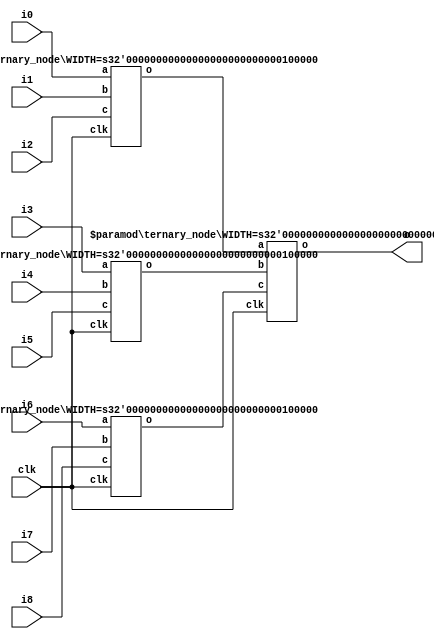
///////////////////////////////////////////////////////////////////////////////////////////////////
//
// Copyright 2021 by Heqing Huang (feipenghhq@gamil.com)
//
// ~~~ Verilog implementation of Advanced Synthesis Cookbook ~~~
//
// Module Name: ternary_sum_nine
//
//
// ================== Description ==================
//
// Ternary Adder summing 9 value
//
///////////////////////////////////////////////////////////////////////////////////////////////////


module ternary_sum_nine #(
    parameter WIDTH = 32
) (
    input clk,
    input [WIDTH-1:0] i0,
    input [WIDTH-1:0] i1,
    input [WIDTH-1:0] i2,
    input [WIDTH-1:0] i3,
    input [WIDTH-1:0] i4,
    input [WIDTH-1:0] i5,
    input [WIDTH-1:0] i6,
    input [WIDTH-1:0] i7,
    input [WIDTH-1:0] i8,
    output [WIDTH+4-1:0] o
);


// LEVLE 1
wire [WIDTH+2-1:0] level0_sum0, level0_sum1, level0_sum2;

ternary_node #(.WIDTH(WIDTH)) tenary_adder_l0_a(.clk(clk), .a(i0), .b(i1), .c(i2), .o(level0_sum0));
ternary_node #(.WIDTH(WIDTH)) tenary_adder_l0_b(.clk(clk), .a(i3), .b(i4), .c(i5), .o(level0_sum1));
ternary_node #(.WIDTH(WIDTH)) tenary_adder_l0_c(.clk(clk), .a(i6), .b(i7), .c(i8), .o(level0_sum2));

// LEVEL 2
ternary_node #(.WIDTH(WIDTH+2)) tenary_adder_l1(.clk(clk), .a(level0_sum0), .b(level0_sum1), .c(level0_sum2), .o(o));

endmodule

module ternary_node #(
    parameter WIDTH = 32
) (
    input clk,
    input [WIDTH-1:0] a,
    input [WIDTH-1:0] b,
    input [WIDTH-1:0] c,
    output reg [WIDTH+2-1:0] o
);

always @(posedge clk) begin
    o <= a + b + c;
end

endmodule